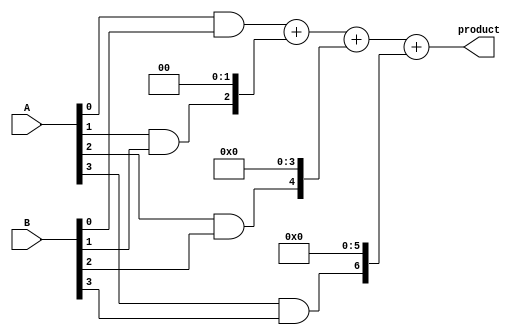
module radix4_multiplier (
    input [3:0] A,
    input [3:0] B,
    output reg [7:0] product
);

reg [7:0] partial_product0, partial_product1, partial_product2, partial_product3;

// Partial product calculation
always @* begin
    partial_product0 = A[0] & B[0];
    partial_product1 = A[1] & B[1];
    partial_product2 = A[2] & B[2];
    partial_product3 = A[3] & B[3];
end

// Adder tree for final product
always @* begin
    product = partial_product0 + (partial_product1 << 2) + (partial_product2 << 4) + (partial_product3 << 6);
end

endmodule